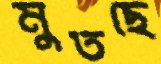
মুতছে